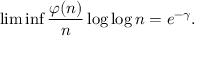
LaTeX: \operatorname* { l i m } \operatorname* { i n f } { \frac { \varphi ( n ) } { n } } \log \log n = e ^ { - \gamma } .